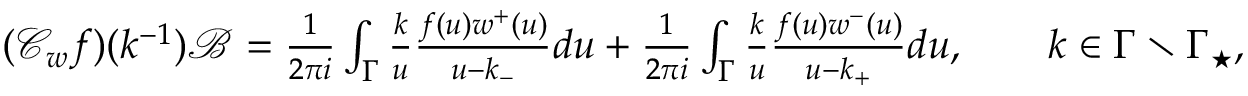
\begin{array} { r } { ( \mathcal { C } _ { w } f ) ( k ^ { - 1 } ) \mathcal { B } = \frac { 1 } { 2 \pi i } \int _ { \Gamma } \frac { k } { u } \frac { f ( u ) w ^ { + } ( u ) } { u - k _ { - } } d u + \frac { 1 } { 2 \pi i } \int _ { \Gamma } \frac { k } { u } \frac { f ( u ) w ^ { - } ( u ) } { u - k _ { + } } d u , \qquad k \in \Gamma \setminus \Gamma _ { \star } , } \end{array}